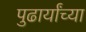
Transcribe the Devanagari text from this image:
पुढार्यांच्या